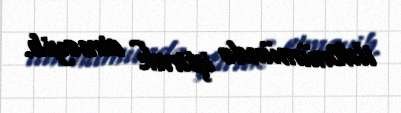
ildönümündə iştirak etməyib.